Annual vaccination report of Bihar and Orissa - 1911-1928
Year: 1911
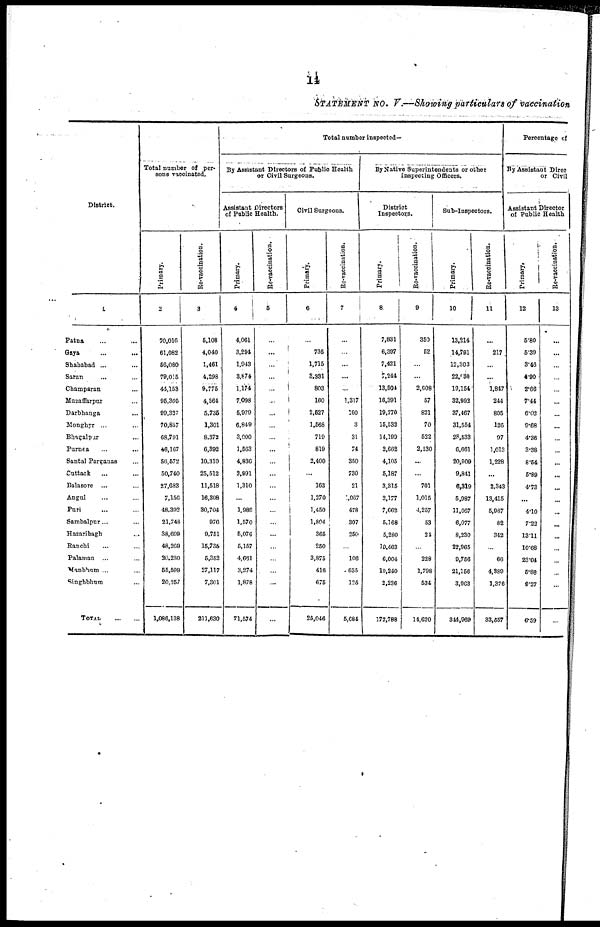
14
STATEMENT NO. V.—Showing particulars of vaccination
District.
1
Patna... ...
Gaya...
...
Shahabad... ...
Saran... ...
Champaran... ...
Muzaffarpur... ...
Darbhanga...
...
Monghyr... ...
Bhagalpur... ... ...
Purnea...
...
Santal Parganas... ...
Cuttack... ...
Balasore... ...
Angul... ...
Puri... ...
Sambalpur... ... ...
Hazaribagh... ...
Ranchi... ...
Palamau... ...
Manbhum... ... ...
Singhbhum... ...
TOTAL...
Total number of per-
sons vaccinated.
Primary.
2
70,016
61,082
56,080
79,015
44,153
95,805
99,327
70,857
68,791
46,167
56,572
50,740
27,683
7,156
48,392
21,743
38,699
48,269
30,230
55,599
20,257
1,086,138
Re-vaccination.
3
5,108
4,040
1,461
4,298
9,775
4,564
5,735
1,301
8,372
6,392
10,310
25,512
11,518
16,308
30,704
976
9,751
15,735
5,352
27,117
7,301
211,630
Total number inspected-
By Assistant Directors of Public Health
or Civil Surgeons.
Assistant Directors
of Public Health.
Primary.
4
4,061
3,294
1,948
3,674
1,174
7,098
5,970
6,849
3,000
1,563
4,836
3,991
1,310
...
1,986
1,570
5,076
5,157
4,631
3,274
1,878
71,574
Re-vaccination.
5
...
...
...
...
...
...
...
...
...
...
...
...
...
...
...
...
...
...
...
...
...
...
Civil Surgeons.
Primary.
6
...
736
1,715
3,331
803
160
2,527
1,568
719
819
2,400
...
163
1,370
1,450
1,804
365
250
3,875
416
675
25,046
Re-vaccination.
7
...
...
...
...
...
1,317
190
3
31
74
350
730
21
1,067
478
307
250
...
106
635
125
5,684
By Native Superintendents or other
Inspecting Officers.
District
Inspectors.
Primary.
8
7,831
6,397
7,421
7,244
13,504
16,391
19,770
15,532
14,199
2,662
4,105
5,187
3,315
2,177
7,662
5,168
5,280
10,463
6,004
10,240
2,236
172,788
Re-vaccination.
9
350
52
...
...
2,008
57
821
70
532
2,130
...
...
701
1,015
4,257
53
34
...
228
1,798
534
14,620
Sub-Inspectors.
Primary.
10
13,214
14,791
12,303
22,030
19,154
32,993
37,467
31,554
28,533
6,661
20,909
9,841
6,319
5,987
11,067
6,077
8,230
22,965
9,756
21,156
3,963
344,969
Re-vaccination.
11
...
217
...
...
1,847
244
805
126
97
1,013
1,228
...
2,343
13,415
5,967
82
342
...
66
4,389
1,376
33,557
Percentage of
By Assistant Direc
or Civil
Assistant Director
of Public Health
Primary,
12
5.80
5.39
3.46
4.90
2.66
7.44
6.05
9.68
4.86
3.38
8.54
5.89
4.73
...
4.10
7.23
13.11
10.68
23.04
5.88
9.27
6.59
Re-vaccination.
13
...
...
...
...
...
...
...
...
...
...
...
...
...
...
...
...
...
...
...
...
...
...